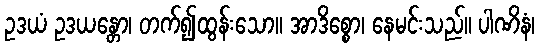
ဥဒယံ ဥဒယန္တော၊ တက်၍ထွန်းသော။ အာဒိစ္စော၊ နေမင်းသည်။ ပါဏိနံ၊